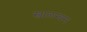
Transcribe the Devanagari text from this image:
स्वालम्बन